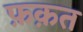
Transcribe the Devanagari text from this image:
फ़क़त